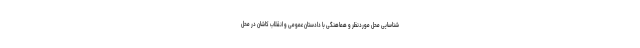
شناسایی محل موردنظر و هماهنگی با دادستان عمومی و انقلاب کاشان در محل